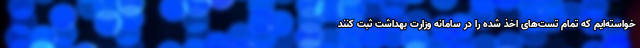
خواسته‌ایم که تمام تست‌های اخذ شده را در سامانه وزارت بهداشت ثبت کنند